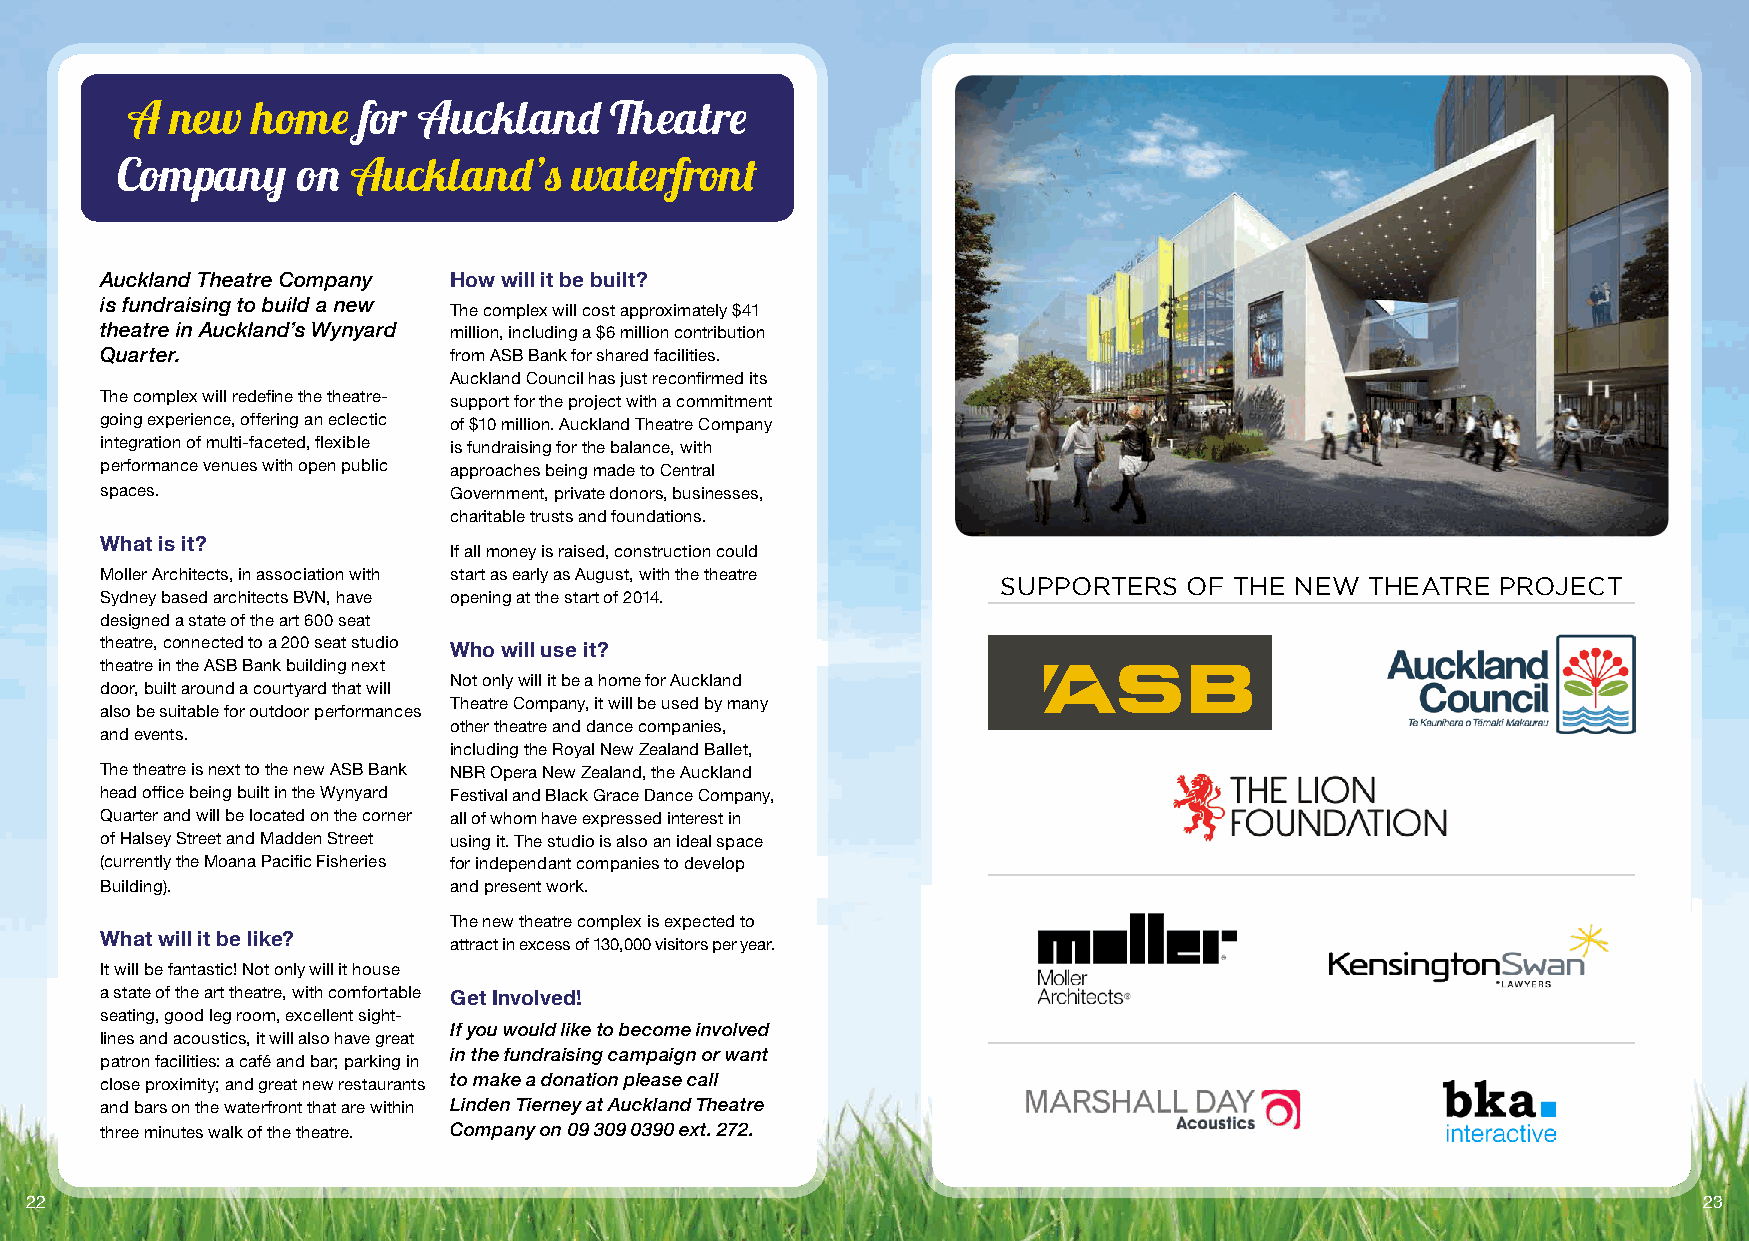
A  new   home   for Auckland    Theatre
 Company     on Auckland’s     waterfront
 Auckland Theatre Company How will it be built?
 is fundraising to build a new
 The complex will cost approximately $41
 theatre in Auckland’s Wynyard million, including a $6 million contribution
 Quarter.               from ASB Bank for shared facilities.
 Auckland Council has just reconfirmed its
 The complex will redefine the theatre- support for the project with a commitment
 going experience, offering an eclectic of $10 million. Auckland Theatre Company
 integration of multi-faceted, flexible is fundraising for the balance, with
 performance venues with open public approaches being made to Central
 spaces.                Government, private donors, businesses,
 charitable trusts and foundations.
 What is it?
 If all money is raised, construction could
 Moller Architects, in association with start as early as August, with the theatre
 SUPPORTERS   OF THE NEW  THEATRE PROJECT
 Sydney based architects BVN, have opening at the start of 2014.
 designed a state of the art 600 seat
 theatre, connected to a 200 seat studio Who will use it?
 theatre in the ASB Bank building next
 Not only will it be a home for Auckland
 door, built around a courtyard that will
 Theatre Company, it will be used by many
 also be suitable for outdoor performances
 other theatre and dance companies,
 and events.
 including the Royal New Zealand Ballet,
 The theatre is next to the new ASB Bank NBR Opera New Zealand, the Auckland
 head office being built in the Wynyard Festival and Black Grace Dance Company,
 Quarter and will be located on the corner all of whom have expressed interest in
 of Halsey Street and Madden Street using it. The studio is also an ideal space
 (currently the Moana Pacific Fisheries for independant companies to develop
 Building).             and present work.
 The new theatre complex is expected to
 What will it be like?
 attract in excess of 130,000 visitors per year.
 It will be fantastic! Not only will it house
 a state of the art theatre, with comfortable Get Involved!
 seating, good leg room, excellent sight-
 If you would like to become involved
 lines and acoustics, it will also have great
 in the fundraising campaign or want
 patron facilities: a café and bar; parking in
 close proximity; and great new restaurants to make a donation please call
 and bars on the waterfront that are within Linden Tierney at Auckland Theatre
 three minutes walk of the theatre. Company on 09 309 0390 ext. 272.
 22                                                                                                             23